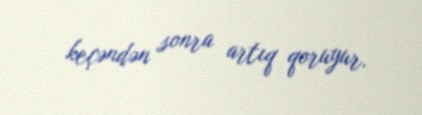
keçəndən sonra artıq qoruyur.